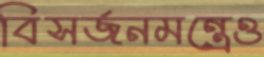
বিসর্জনমন্ত্রেও